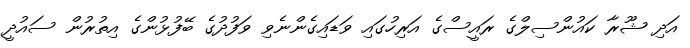
އަދި ޝޫރާ ކައުންސިލްގެ ރައީސްގެ އަރިހުގައި ވަޑައިގެންނެވި ވަފުދުގެ ބޭފުޅުންގެ އިތުރުން ސައުދީ